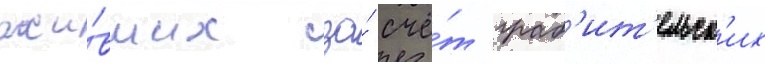
жи́вших за́ счё́т граб'ит'ельск'их